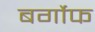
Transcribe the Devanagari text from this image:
बर्गोफ